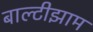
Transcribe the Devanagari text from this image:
बाल्टीझाम